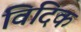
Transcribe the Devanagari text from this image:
विदिक